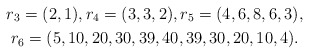
\begin{gather*}r_3=(2,1), r_4=(3,3,2), r_5=(4,6,8,6,3),\\r_6=(5,10,20,30,39,40,39,30,20,10,4).\end{gather*}